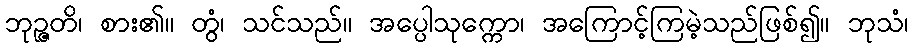
ဘုဉ္ဇတိ၊ စား၏။ တွံ၊ သင်သည်။ အပ္ပေါသုက္ကော၊ အကြောင့်ကြမဲ့သည်ဖြစ်၍။ ဘုသံ၊